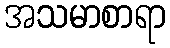
အသမာစာရာ